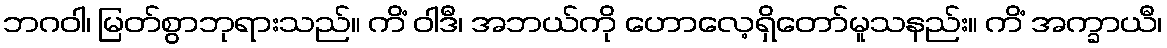
ဘဂဝါ၊ မြတ်စွာဘုရားသည်။ ကိံ ဝါဒီ၊ အဘယ်ကို ဟောလေ့ရှိတော်မူသနည်း။ ကိံ အက္ခာယီ၊